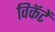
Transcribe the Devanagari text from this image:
विकॅटें